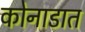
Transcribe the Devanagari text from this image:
कोनाडात